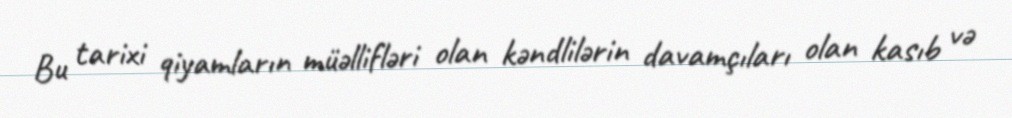
Bu tarixi qiyamların müəllifləri olan kəndlilərin davamçıları olan kasıb və